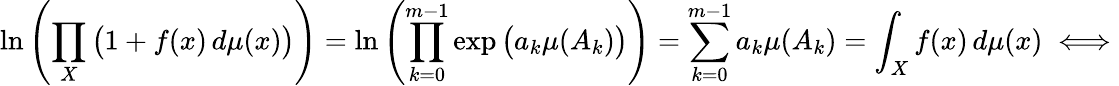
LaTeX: \ln\left(\prod_{X}{\big(}1+f(x)\, d\mu(x){\big)}\right)=\ln\left(\prod_{k=0}^{m-1}\exp{\big(}a_{k}\mu(A_{k}){\big)}\right)=\sum_{k=0}^{m-1}a_{k}\mu(A_{k})=\int_{X}f(x)\, d\mu(x)\iff